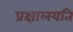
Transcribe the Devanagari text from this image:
प्रक्षालयति